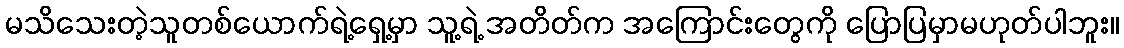
မသိသေးတဲ့သူတစ်ယောက်ရဲ့ရှေ့မှာ သူ့ရဲ့ အတိတ်က အကြောင်းတွေကို ပြောပြမှာမဟုတ်ပါဘူး။